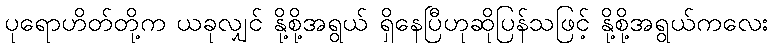
ပုရောဟိတ်တို့က ယခုလျှင် နို့စို့အရွယ် ရှိနေပြီဟုဆိုပြန်သဖြင့် နို့စို့အရွယ်ကလေး